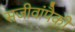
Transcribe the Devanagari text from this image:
सजीवांपैकी